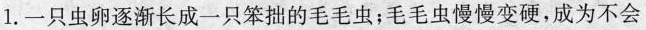
1.一只虫卵逐渐长成一只笨拙的毛毛虫；毛毛虫慢慢变硬，成为不会